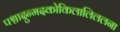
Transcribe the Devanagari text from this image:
पश्चादुन्मदकोकिलालिललना